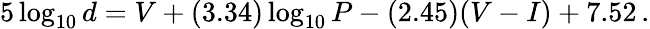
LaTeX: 5\log_{10}{d}=V+(3.34)\log_{10}{P}-(2.45)(V-I)+7.52\, .